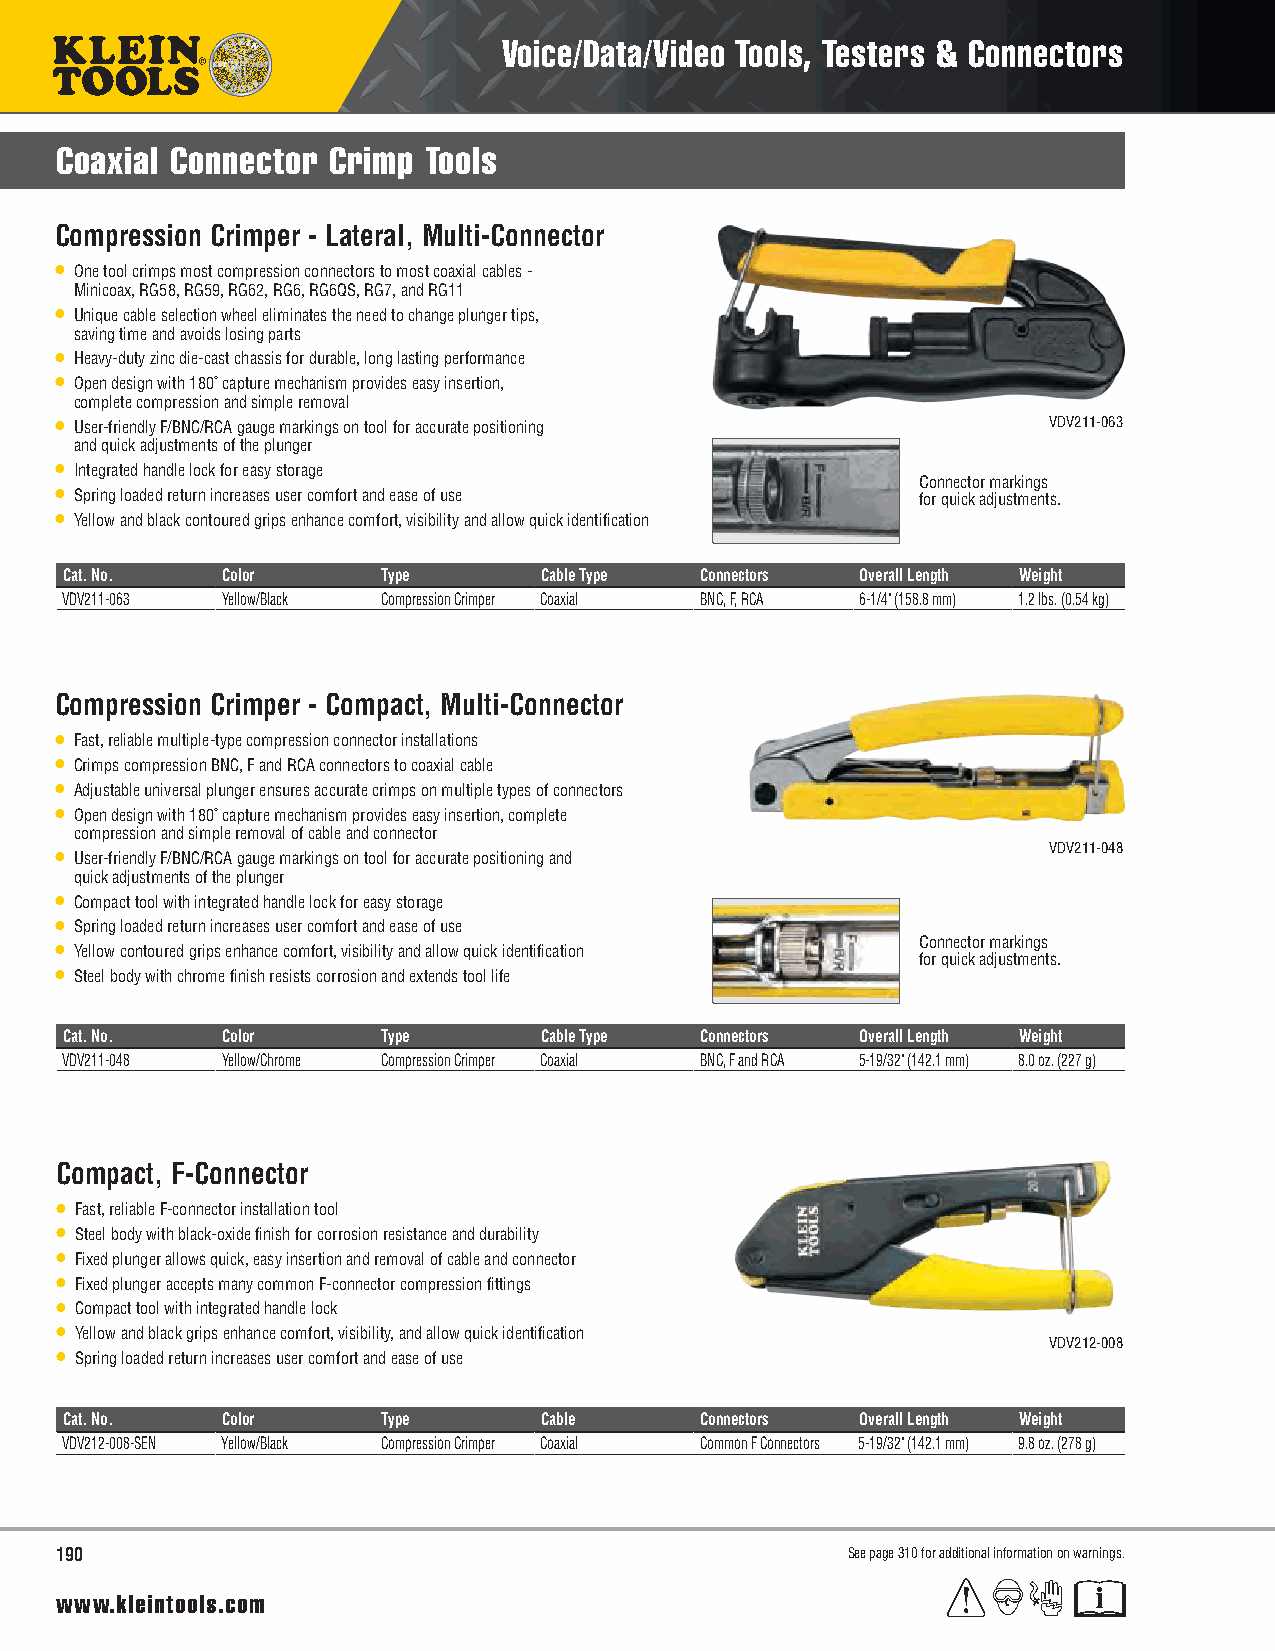
Voice/Data/Video Tools, Testers & Connectors
 Coaxial Connector Crimp Tools
 Compression Crimper - Lateral, Multi-Connector
 • One tool crimps most compression connectors to most coaxial cables -
 Minicoax, RG58, RG59, RG62, RG6, RG6QS, RG7, and RG11
 • Unique cable selection wheel eliminates the need to change plunger tips,
 saving time and avoids losing parts
 • Heavy-duty zinc die-cast chassis for durable, long lasting performance
 • Open design with 180˚ capture mechanism provides easy insertion,
 complete compression and simple removal
 • User-friendly F/BNC/RCA gauge markings on tool for accurate positioning VDV211-063
 and quick adjustments of the plunger
 • Integrated handle lock for easy storage
 Connector markings
 • Spring loaded return increases user comfort and ease of use for quick adjustments.
 • Yellow and black contoured grips enhance comfort, visibility and allow quick identification
 Cat. No.   Color     Type       Cable Type Connectors Overall Length Weight
 VDV211-063 Yellow/Black Compression Crimper Coaxial BNC, F, RCA 6-1/4" (158.8 mm) 1.2 lbs. (0.54 kg)
 Compression Crimper - Compact, Multi-Connector
 • Fast, reliable multiple-type compression connector installations
 • Crimps compression BNC, F and RCA connectors to coaxial cable
 • Adjustable universal plunger ensures accurate crimps on multiple types of connectors
 • Open design with 180˚ capture mechanism provides easy insertion, complete
 compression and simple removal of cable and connector
 • User-friendly F/BNC/RCA gauge markings on tool for accurate positioning and VDV211-048
 quick adjustments of the plunger
 • Compact tool with integrated handle lock for easy storage
 • Spring loaded return increases user comfort and ease of use
 • Yellow contoured grips enhance comfort, visibility and allow quick identification Connector markings
 for quick adjustments.
 • Steel body with chrome finish resists corrosion and extends tool life
 Cat. No.   Color     Type       Cable Type Connectors Overall Length Weight
 VDV211-048 Yellow/Chrome Compression Crimper Coaxial BNC, F and RCA 5-19/32" (142.1 mm) 8.0 oz. (227 g)
 Compact, F-Connector
 • Fast, reliable F-connector installation tool
 • Steel body with black-oxide finish for corrosion resistance and durability
 • Fixed plunger allows quick, easy insertion and removal of cable and connector
 • Fixed plunger accepts many common F-connector compression fittings
 • Compact tool with integrated handle lock
 • Yellow and black grips enhance comfort, visibility, and allow quick identification
 VDV212-008
 • Spring loaded return increases user comfort and ease of use
 Cat. No.   Color     Type       Cable     Connectors Overall Length Weight
 VDV212-008-SEN Yellow/Black Compression Crimper Coaxial Common F Connectors 5-19/32" (142.1 mm) 9.8 oz. (278 g)
 190                                                 See page 310 for additional information on warnings.
 www.kleintools.com